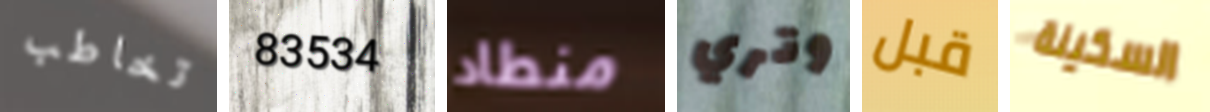
تخاطب 83534 منطاد وتري قبل السكينة